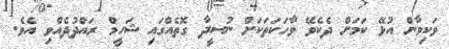
ވަކިވާން އުޅޭ ކަމަށް ދެކެވޭ ވާހަކަތަކަށް ނުސީދާ ގޮތެއްގައި ޝަހީމް ރައްދުދެއްވި އެވެ.